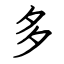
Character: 多